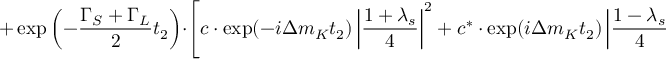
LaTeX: + \exp \left( - \frac { \Gamma _ { S } + \Gamma _ { L } } { 2 } t _ { 2 } \right) \cdot \left[ c \cdot \exp ( - i \Delta m _ { K } t _ { 2 } ) \left| \frac { 1 + \lambda _ { s } } { 4 } \right| ^ { 2 } + c ^ { \ast } \cdot \exp ( i \Delta m _ { K } t _ { 2 } ) \left| \frac { 1 - \lambda _ { s } } { 4 } \right| ^ { 2 } \right] \, ,